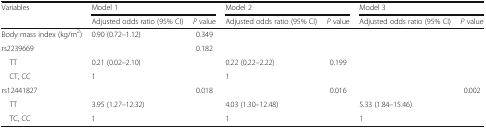
<table><thead><tr><td rowspan="2"><b>Variables</b></td><td colspan="2"><b>Model 1</b></td><td colspan="2"><b>Model 2</b></td><td colspan="2"><b>Model 3</b></td></tr><tr><td><b>Adjusted odds ratio (95% CI)</b></td><td><b><i>P</i> value</b></td><td><b>Adjusted odds ratio (95% CI)</b></td><td><b><i>P</i> value</b></td><td><b>Adjusted odds ratio (95% CI)</b></td><td><b><i>P</i> value</b></td></tr></thead><tbody><tr><td>Body mass index (kg/m<sup>2</sup>)</td><td>0.90 (0.72–1.12)</td><td>0.349</td><td></td><td></td><td></td><td></td></tr><tr><td>rs2239669</td><td></td><td>0.182</td><td></td><td></td><td></td><td></td></tr><tr><td> TT</td><td>0.21 (0.02–2.10)</td><td></td><td>0.22 (0.22–2.22)</td><td>0.199</td><td></td><td></td></tr><tr><td> CT, CC</td><td>1</td><td></td><td>1</td><td></td><td></td><td></td></tr><tr><td>rs12441827</td><td></td><td>0.018</td><td></td><td>0.016</td><td></td><td>0.002</td></tr><tr><td> TT</td><td>3.95 (1.27–12.32)</td><td></td><td>4.03 (1.30–12.48)</td><td></td><td>5.33 (1.84–15.46)</td><td></td></tr><tr><td> TC, CC</td><td>1</td><td></td><td>1</td><td></td><td>1</td><td></td></tr></tbody></table>